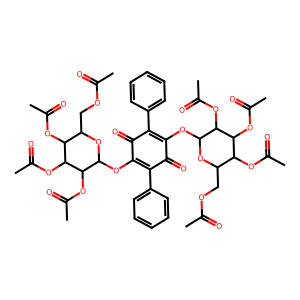
SMILES: CC(=O)OCC1OC(OC2=C(c3ccccc3)C(=O)C(OC3OC(COC(C)=O)C(OC(C)=O)C(OC(C)=O)C3OC(C)=O)=C(c3ccccc3)C2=O)C(OC(C)=O)C(OC(C)=O)C1OC(C)=O
Inhibits HIV replication: No